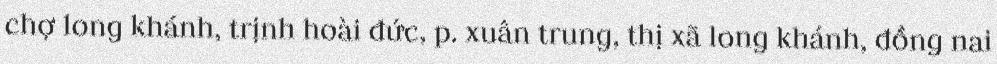
chợ long khánh, trịnh hoài đức, p. xuân trung, thị xã long khánh, đồng nai